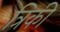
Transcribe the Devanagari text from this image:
त्रिकी